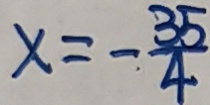
x = - \frac { 3 5 } { 4 }